Bréfritari: Björg Magnúsdóttir
Viðtakandi: Halldór Jónsson
Dagsetning: A-1869-10-10
Skrifað á: Dvergasteini  N-Múl.

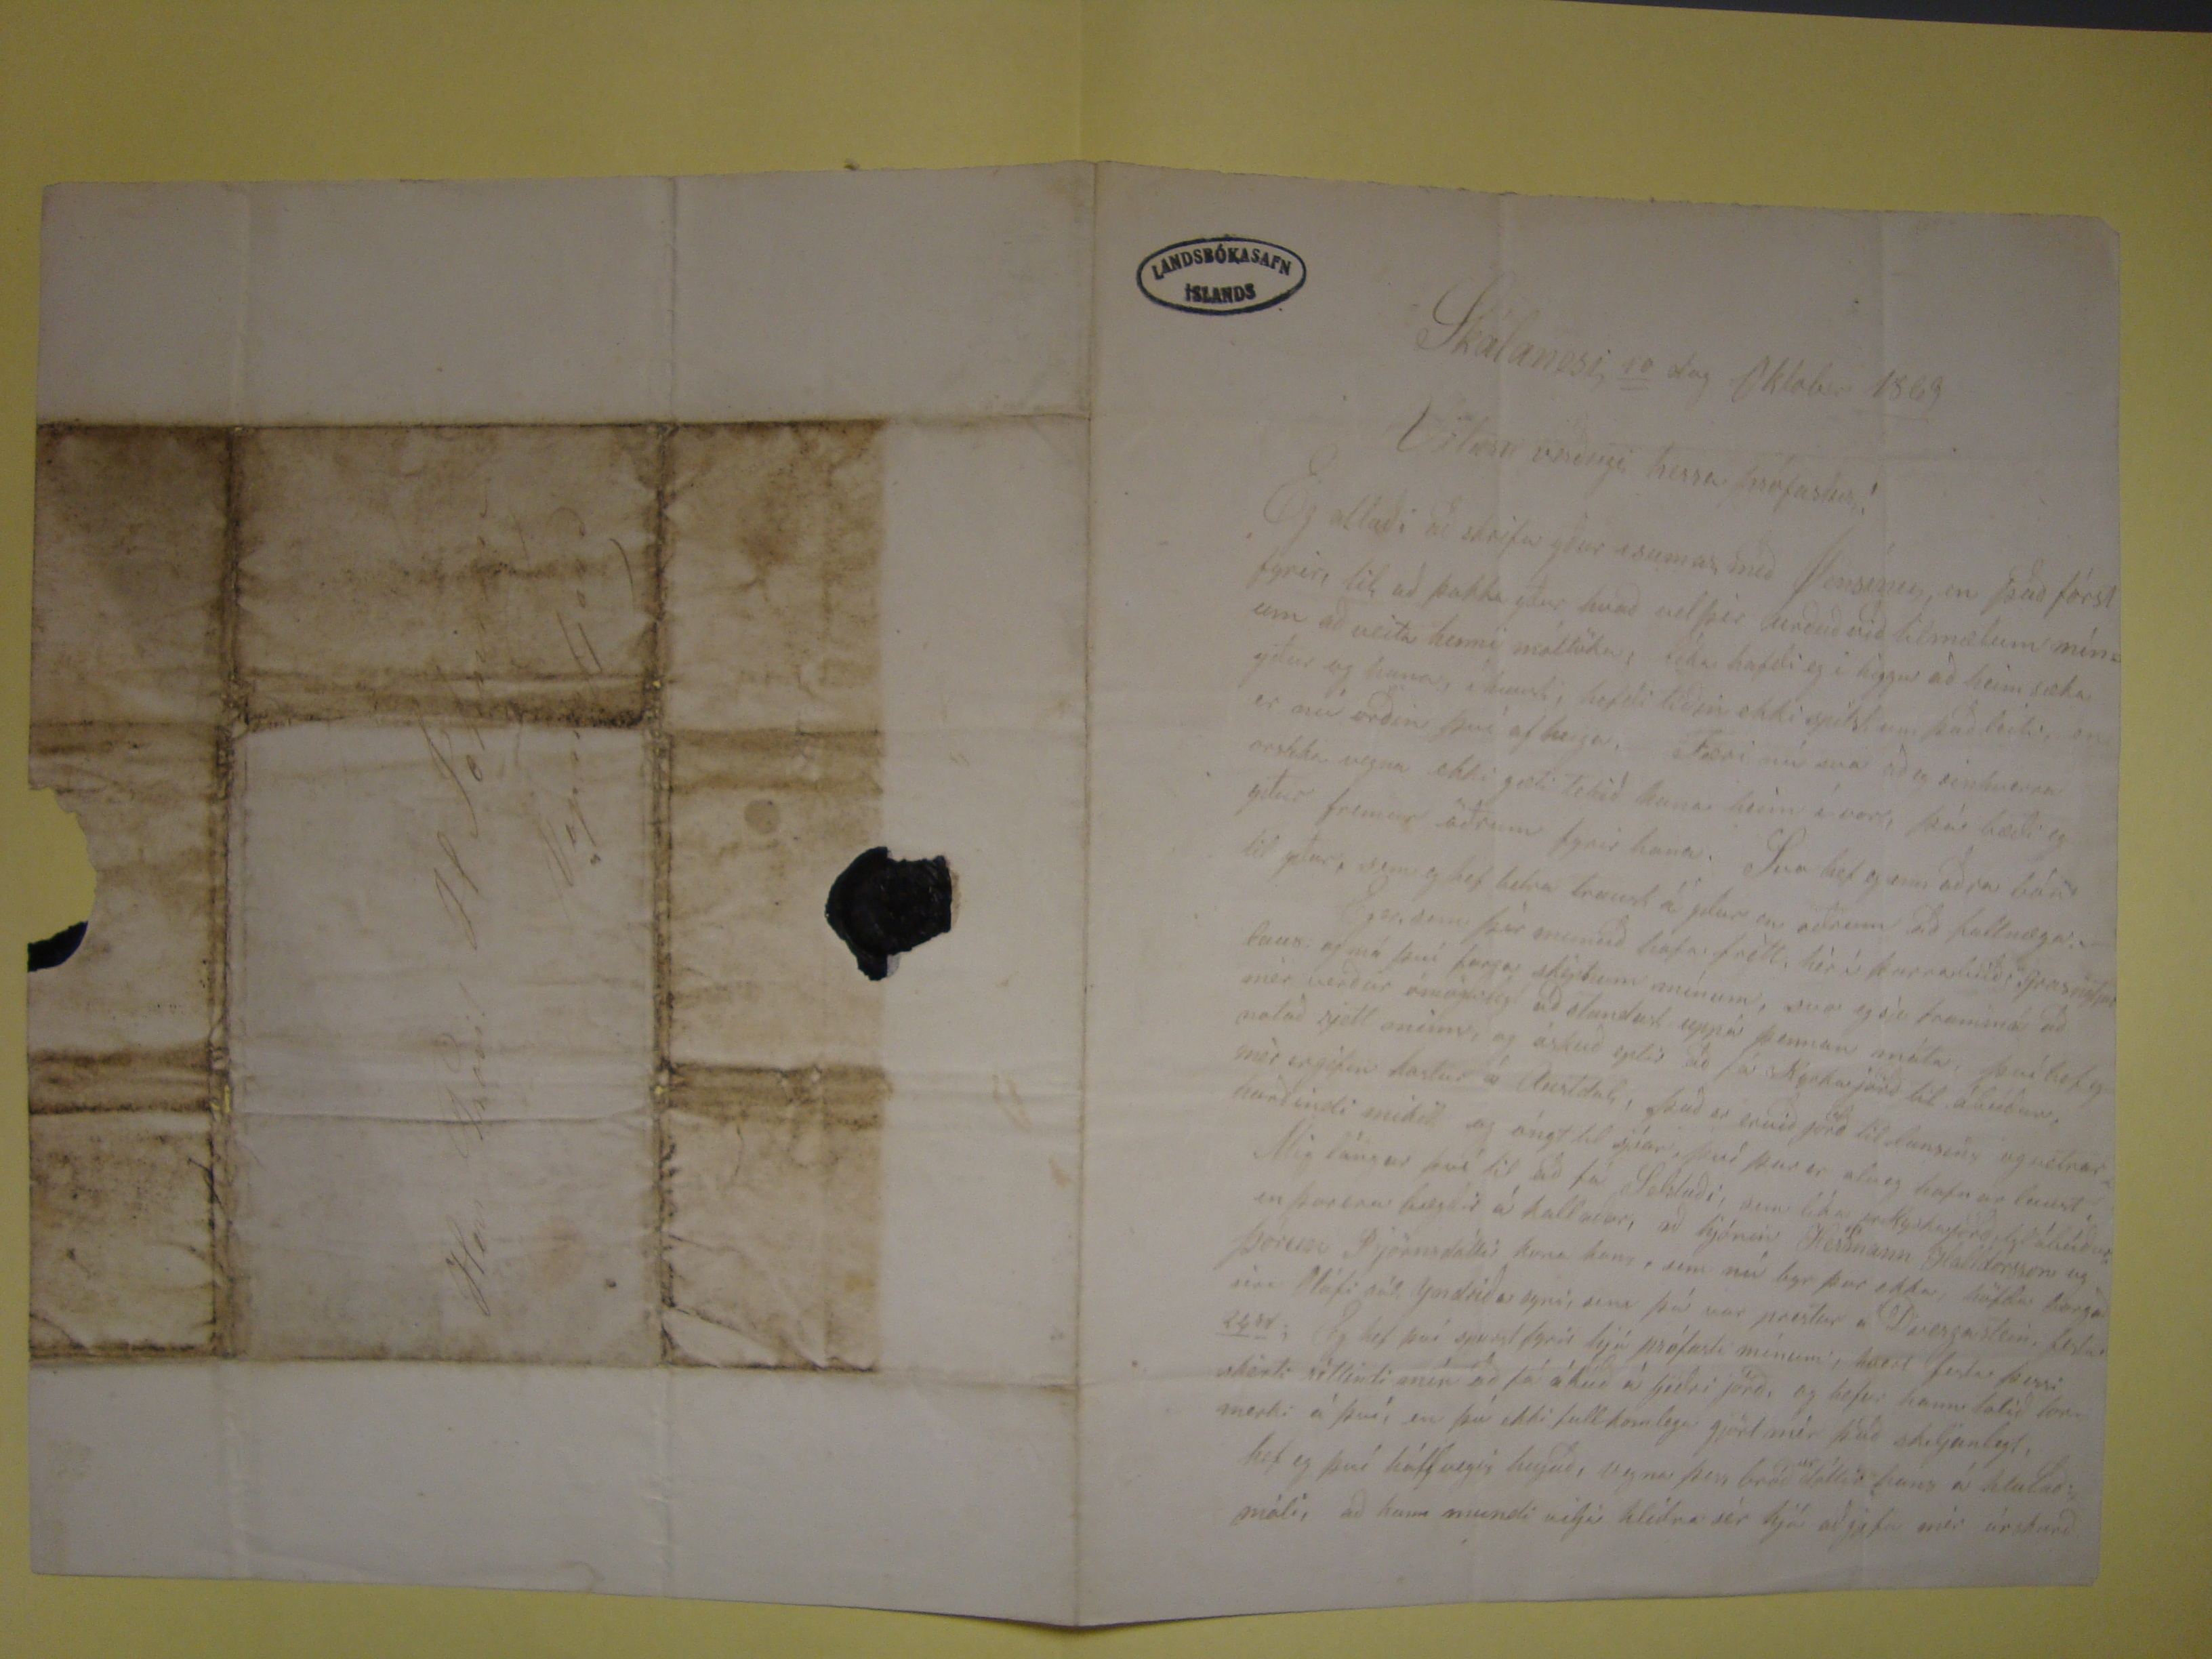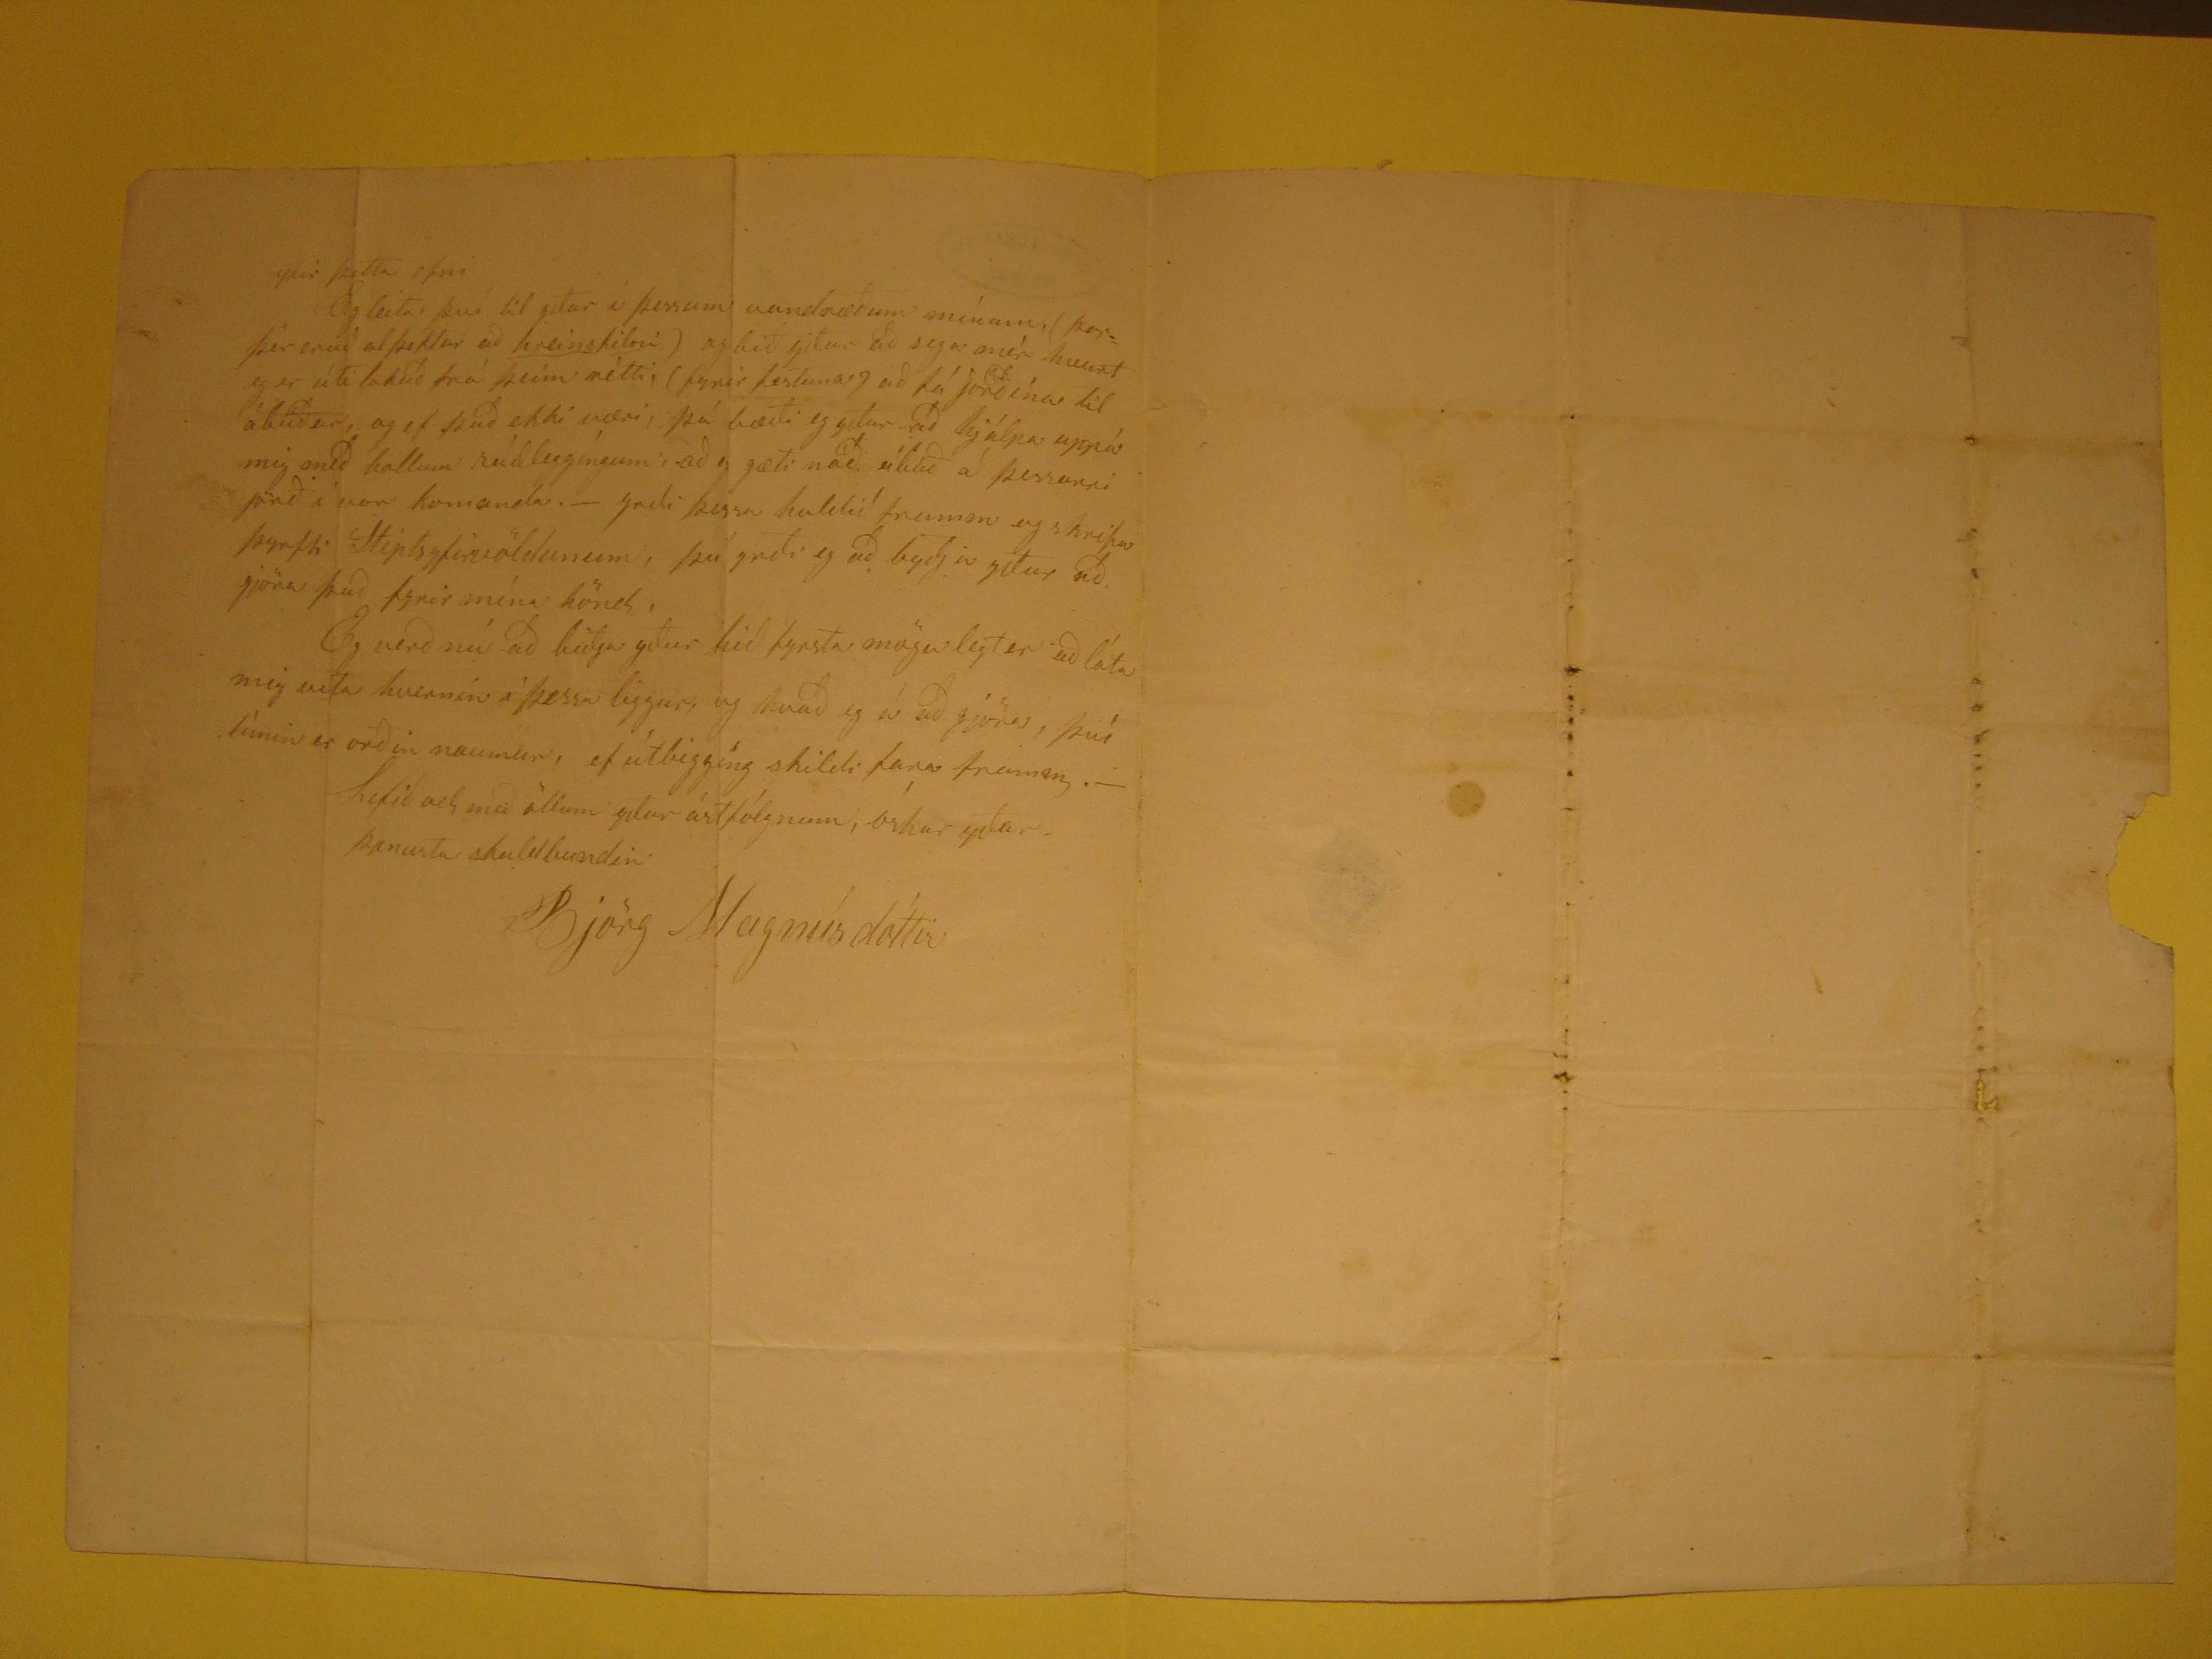

SKálanesi,
10
dag Oktober
1869
Velæru verðugi herra prófastur!
Eg allaði að skrifa yður i sumar með
Jensínu
, en það fórst fyrir, til að þakka yður hvað velþér urðuð við tilmælum mínum að veita henni
móttöku, líka hafði eg i higgu að heimsæka yður og hana, í haust, hefði tíðin ekki spilst um það leiti, en er nú orðin því af heiga. Færi nú svo að
er
einhverra orsaka vegna ekki gæti tekið hana heim í vor, þá bæði eg yður fremur öðrum fyrir hana. Svo hef eg enn aðra bón til yður, sem eg hef betra
traust á
getur
en öðrum að fullnæga. Eg er sem þér munið hafa frétt, hér í þurrabúð
i. grasnitju laus
og má því farga
skiptum mínum, svo eg sje frammá að mér verður ómögulegt að stundust uppá þennan máta, því hef eg notað rjett meins, og óskuð eptir að fá Kyrkajorð til ábúðar.
mér er gifen kostur á Austdal, það er ervið jörð til lunsins og vetrar hurðindi mikil og óngt til sjóa, því þar er alveg hafn ar laust , en þar erubæglir á kallaðar, að
hjónin Herðnann Halldórsson og Þórun Pjörnsdóttir kona hans, sem nú byr þar ekki, höfðu borgað eina
hláfi sál, yndrið er syni
sem þú var
prestur á Dvergastein, festa
24
rd
; Eg hef því spurst fyrir hjá prófasti mínum, hvert festa þessi skérti
sóttindi mín að fá ábúð á
Gedri
jörð, og hefur hann talið
tofmerki
á því, en þú ekki fullkomlega gjört mér það skeljanlegt,
heg eg því hálfvegis, hugað, vegna þess bróð
ur
dóttir hans á hlutað. máli, að hann mundi vilja hlidra sér hjá að
fæfa mér
úrskurð
yfir þetta efni Eg leita því til yðar í þessum vandræðum mínum, (
þer.
þér eruð alþektur að
hreinskilni
)
og bið yður að sega mér hvurt eg er útilokuð frá þeim rétti, (fyrir festuna.) að fá jorðína til ábúðar, og ef það ekki væri, þá bæði eg getur að hjálpa uppá mig með
hollum
rúdleggíngum
, að eg gæti náð ábúð á þessarri jörð í vor komandi.- yrði þessa haldið framm og skrifa þyrfti Stiptsyfirvöldunum, þú
yrði eg að byðja yður að gjöra það fyrir mína hönd. Eg verð nú að biðja yður hið fyrsta mögulegt er að láta mig vita hvernin í þessu liggur, og hvað eg á að gjöra,
því tímin er orðin naumur, ef útbiggíng shildi fara framm.- hefið vel með yðar ástfólgnum, óskar yðar þonustu skuldbundin
Björg Magnúsdóttir
Her Provit H Johnsson
Vopnafjorð